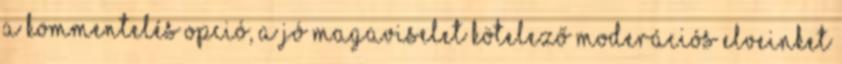
A kommentelés opció, a jó magaviselet kötelező Moderációs elveinket